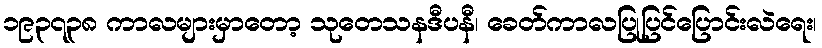
၁၉၃၇၃၈ ကာလများမှာတော့ သုတေသနဒီပနီ၊ ခေတ်ကာလပြုပြင်ပြောင်းလဲရေး၊